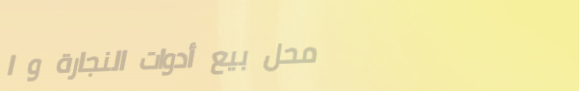
محل بيع أدوات النجارة و ا